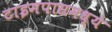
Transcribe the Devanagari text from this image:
टाइमपासमध्ये